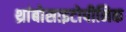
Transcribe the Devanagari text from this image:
थ्रांबोसाइटोपीनिक